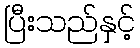
ပြီးသည်နှင့်